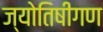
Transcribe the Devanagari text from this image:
ज्योतिषीगण